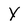
Character: Y